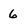
Character: 6